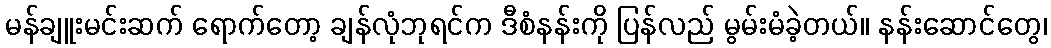
မန်ချူးမင်းဆက် ရောက်တော့ ချန်လုံဘုရင်က ဒီစံနန်းကို ပြန်လည် မွမ်းမံခဲ့တယ်။ နန်းဆောင်တွေ၊